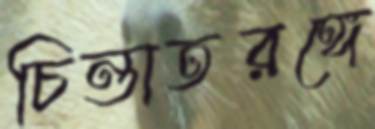
চিন্তাতরঙ্গে